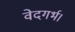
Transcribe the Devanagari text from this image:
वेदगर्भ।